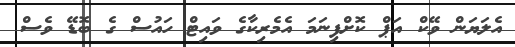
އެލަޔަން ވޭކް އަޕް ކޮށްފިނަމަ އެމެރިކާގެ ވައިޓް ހައުސް ގެ ބޮޑޭ ވެސް